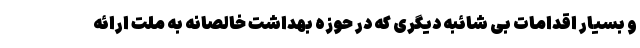
و بسیار اقدامات بی شائبه دیگری که در حوزه بهداشت خالصانه به ملت ارائه